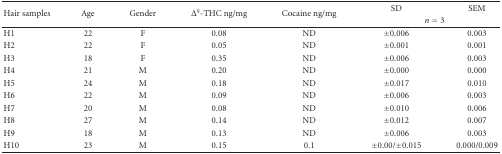
<table><thead><tr><td rowspan="2"><b>Hair samples</b></td><td rowspan="2"><b>Age</b></td><td rowspan="2"><b>Gender</b></td><td rowspan="2"><b>Δ<sup>9</sup>-THC ng/mg</b></td><td rowspan="2"><b>Cocaine ng/mg</b></td><td><b>SD</b></td><td><b>SEM</b></td></tr><tr><td colspan="2"><b><i>n</i> = 3</b></td></tr></thead><tbody><tr><td>H1</td><td>22</td><td>F</td><td>0.08</td><td>ND</td><td>±0.006</td><td>0.003</td></tr><tr><td>H2</td><td>22</td><td>F</td><td>0.05</td><td>ND</td><td>±0.001</td><td>0.001</td></tr><tr><td>H3</td><td>18</td><td>F</td><td>0.35</td><td>ND</td><td>±0.006</td><td>0.003</td></tr><tr><td>H4</td><td>21</td><td>M</td><td>0.20</td><td>ND</td><td>±0.000</td><td>0.000</td></tr><tr><td>H5</td><td>24</td><td>M</td><td>0.18</td><td>ND</td><td>±0.017</td><td>0.010</td></tr><tr><td>H6</td><td>22</td><td>M</td><td>0.09</td><td>ND</td><td>±0.006</td><td>0.003</td></tr><tr><td>H7</td><td>20</td><td>M</td><td>0.08</td><td>ND</td><td>±0.010</td><td>0.006</td></tr><tr><td>H8</td><td>27</td><td>M</td><td>0.14</td><td>ND</td><td>±0.012</td><td>0.007</td></tr><tr><td>H9</td><td>18</td><td>M</td><td>0.13</td><td>ND</td><td>±0.006</td><td>0.003</td></tr><tr><td>H10</td><td>23</td><td>M</td><td>0.15</td><td>0.1</td><td>±0.00/±0.015</td><td>0.000/0.009</td></tr></tbody></table>